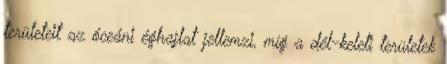
területeit az óceáni éghajlat jellemzi, míg a dél-keleti területek